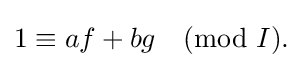
{\textstyle 1\equiv af+bg{\pmod {I}}.}